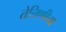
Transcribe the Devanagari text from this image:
तेलिणीचा